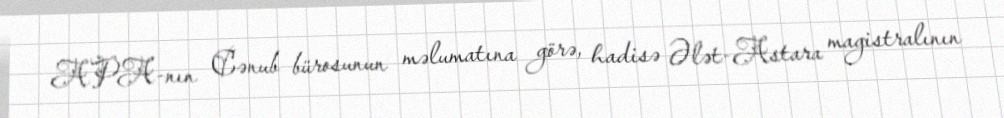
APA-nın Cənub bürosunun məlumatına görə, hadisə Ələt-Astara magistralının